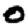
Digit: 0